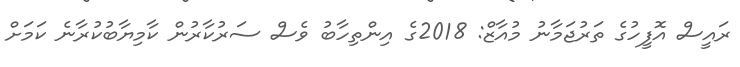
ރައީސް އޮފީހުގެ ތަރުޖަމާނު މުއާޒް: 2018ގެ އިންތިހާބު ވެސް ސަރުކާރުން ކާމިޔާބުކުރާނެ ކަމަށް